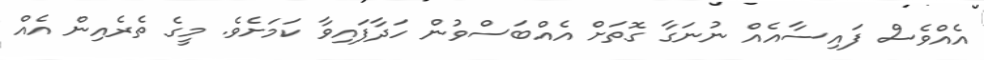
އެއްވެސް ފައިސާއެއް ނުނަގާ ގޮތަށް އެއްބަސްވުން ހަދާފައިވާ ކަމަށެވެ. މީގެ ތެރެއިން އެއް